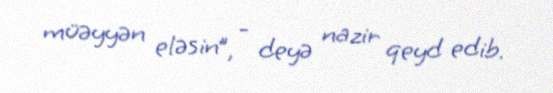
müəyyən eləsin”, - deyə nazir qeyd edib.